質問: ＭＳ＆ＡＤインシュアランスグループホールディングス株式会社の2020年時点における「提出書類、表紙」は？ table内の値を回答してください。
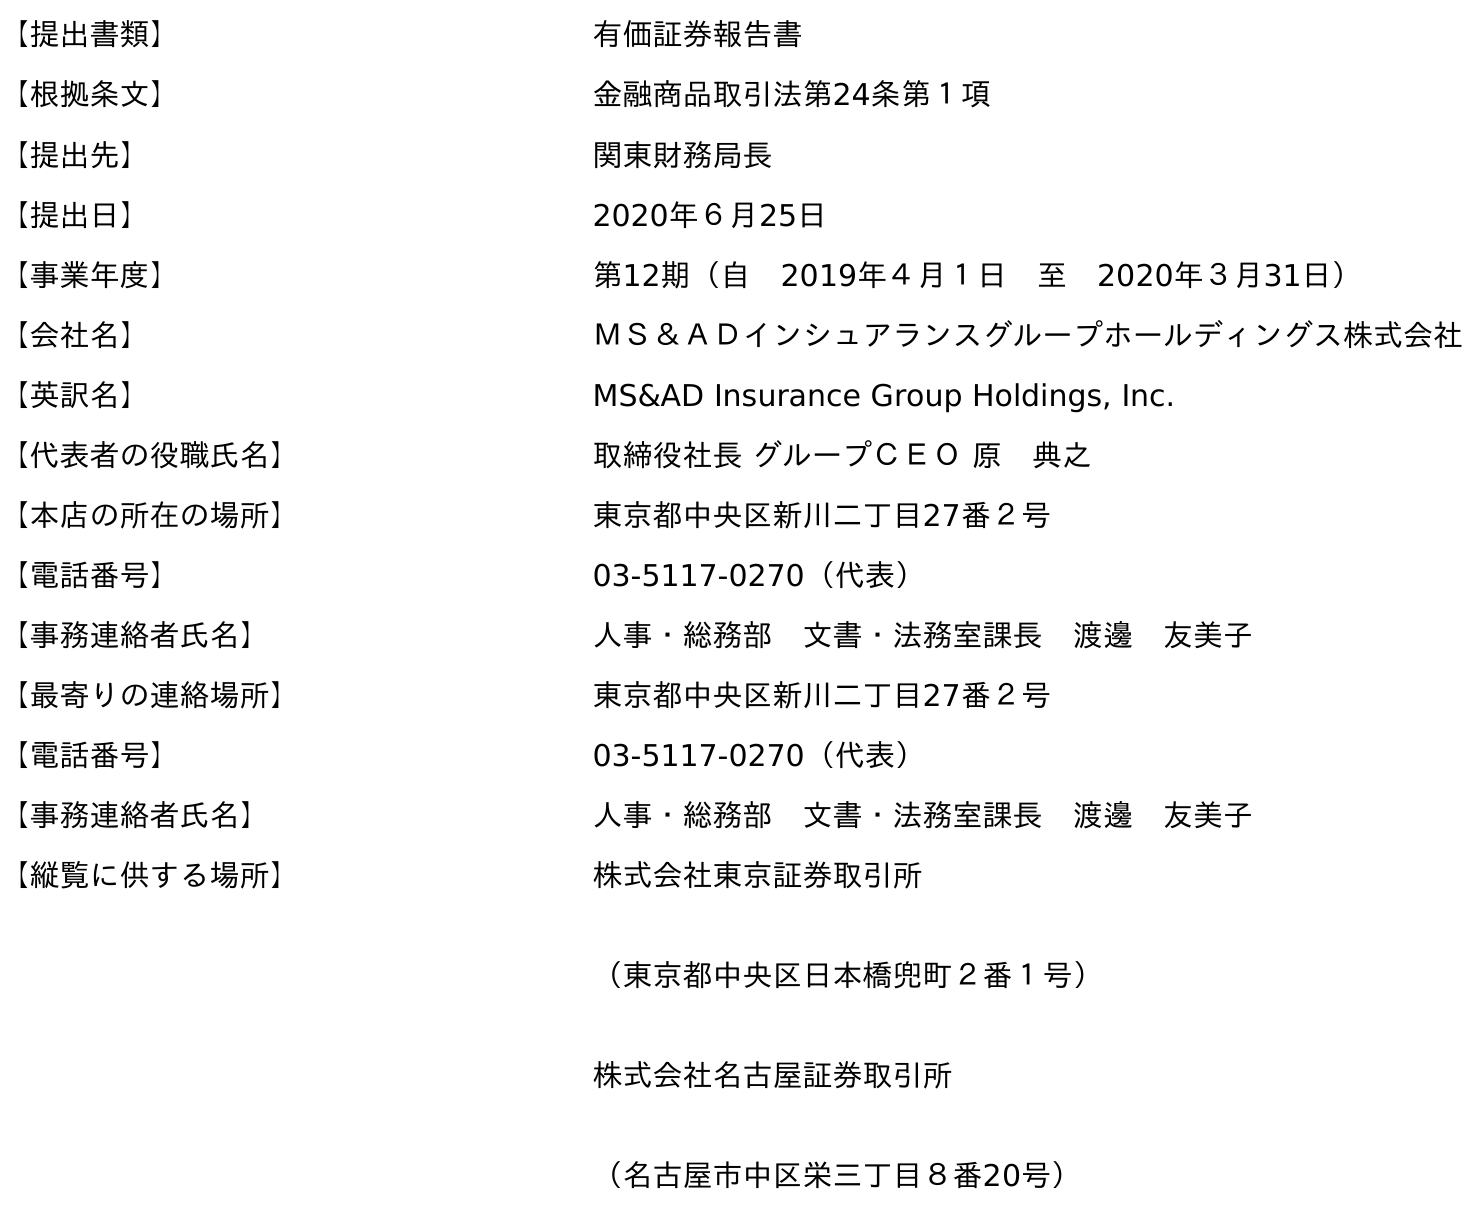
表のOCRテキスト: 【提出書類】 有価証券報告書 【根拠条文】 金融商品取引法第24条第１項 【提出先】 関東財務局長 【提出日】 2020年６月25日 【事業年度】 第12期（自 2019年４月１日 至 2020年３月31日） 【会社名】 ＭＳ＆ＡＤインシュアランスグループホールディングス株式会社 【英訳名】 MS&AD Insurance Group Holdings, Inc. 【代表者の役職氏名】 取締役社長 グループＣＥＯ 原 典之 【本店の所在の場所】 東京都中央区新川二丁目27番２号 【電話番号】 03-5117-0270（代表） 【事務連絡者氏名】 人事・総務部 文書・法務室課長 渡邊 友美子 【最寄りの連絡場所】 東京都中央区新川二丁目27番２号 【電話番号】 03-5117-0270（代表） 【事務連絡者氏名】 人事・総務部 文書・法務室課長 渡邊 友美子 【縦覧に供する場所】 株式会社東京証券取引所 （東京都中央区日本橋兜町２番１号） 株式会社名古屋証券取引所 （名古屋市中区栄三丁目８番20号）
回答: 有価証券報告書